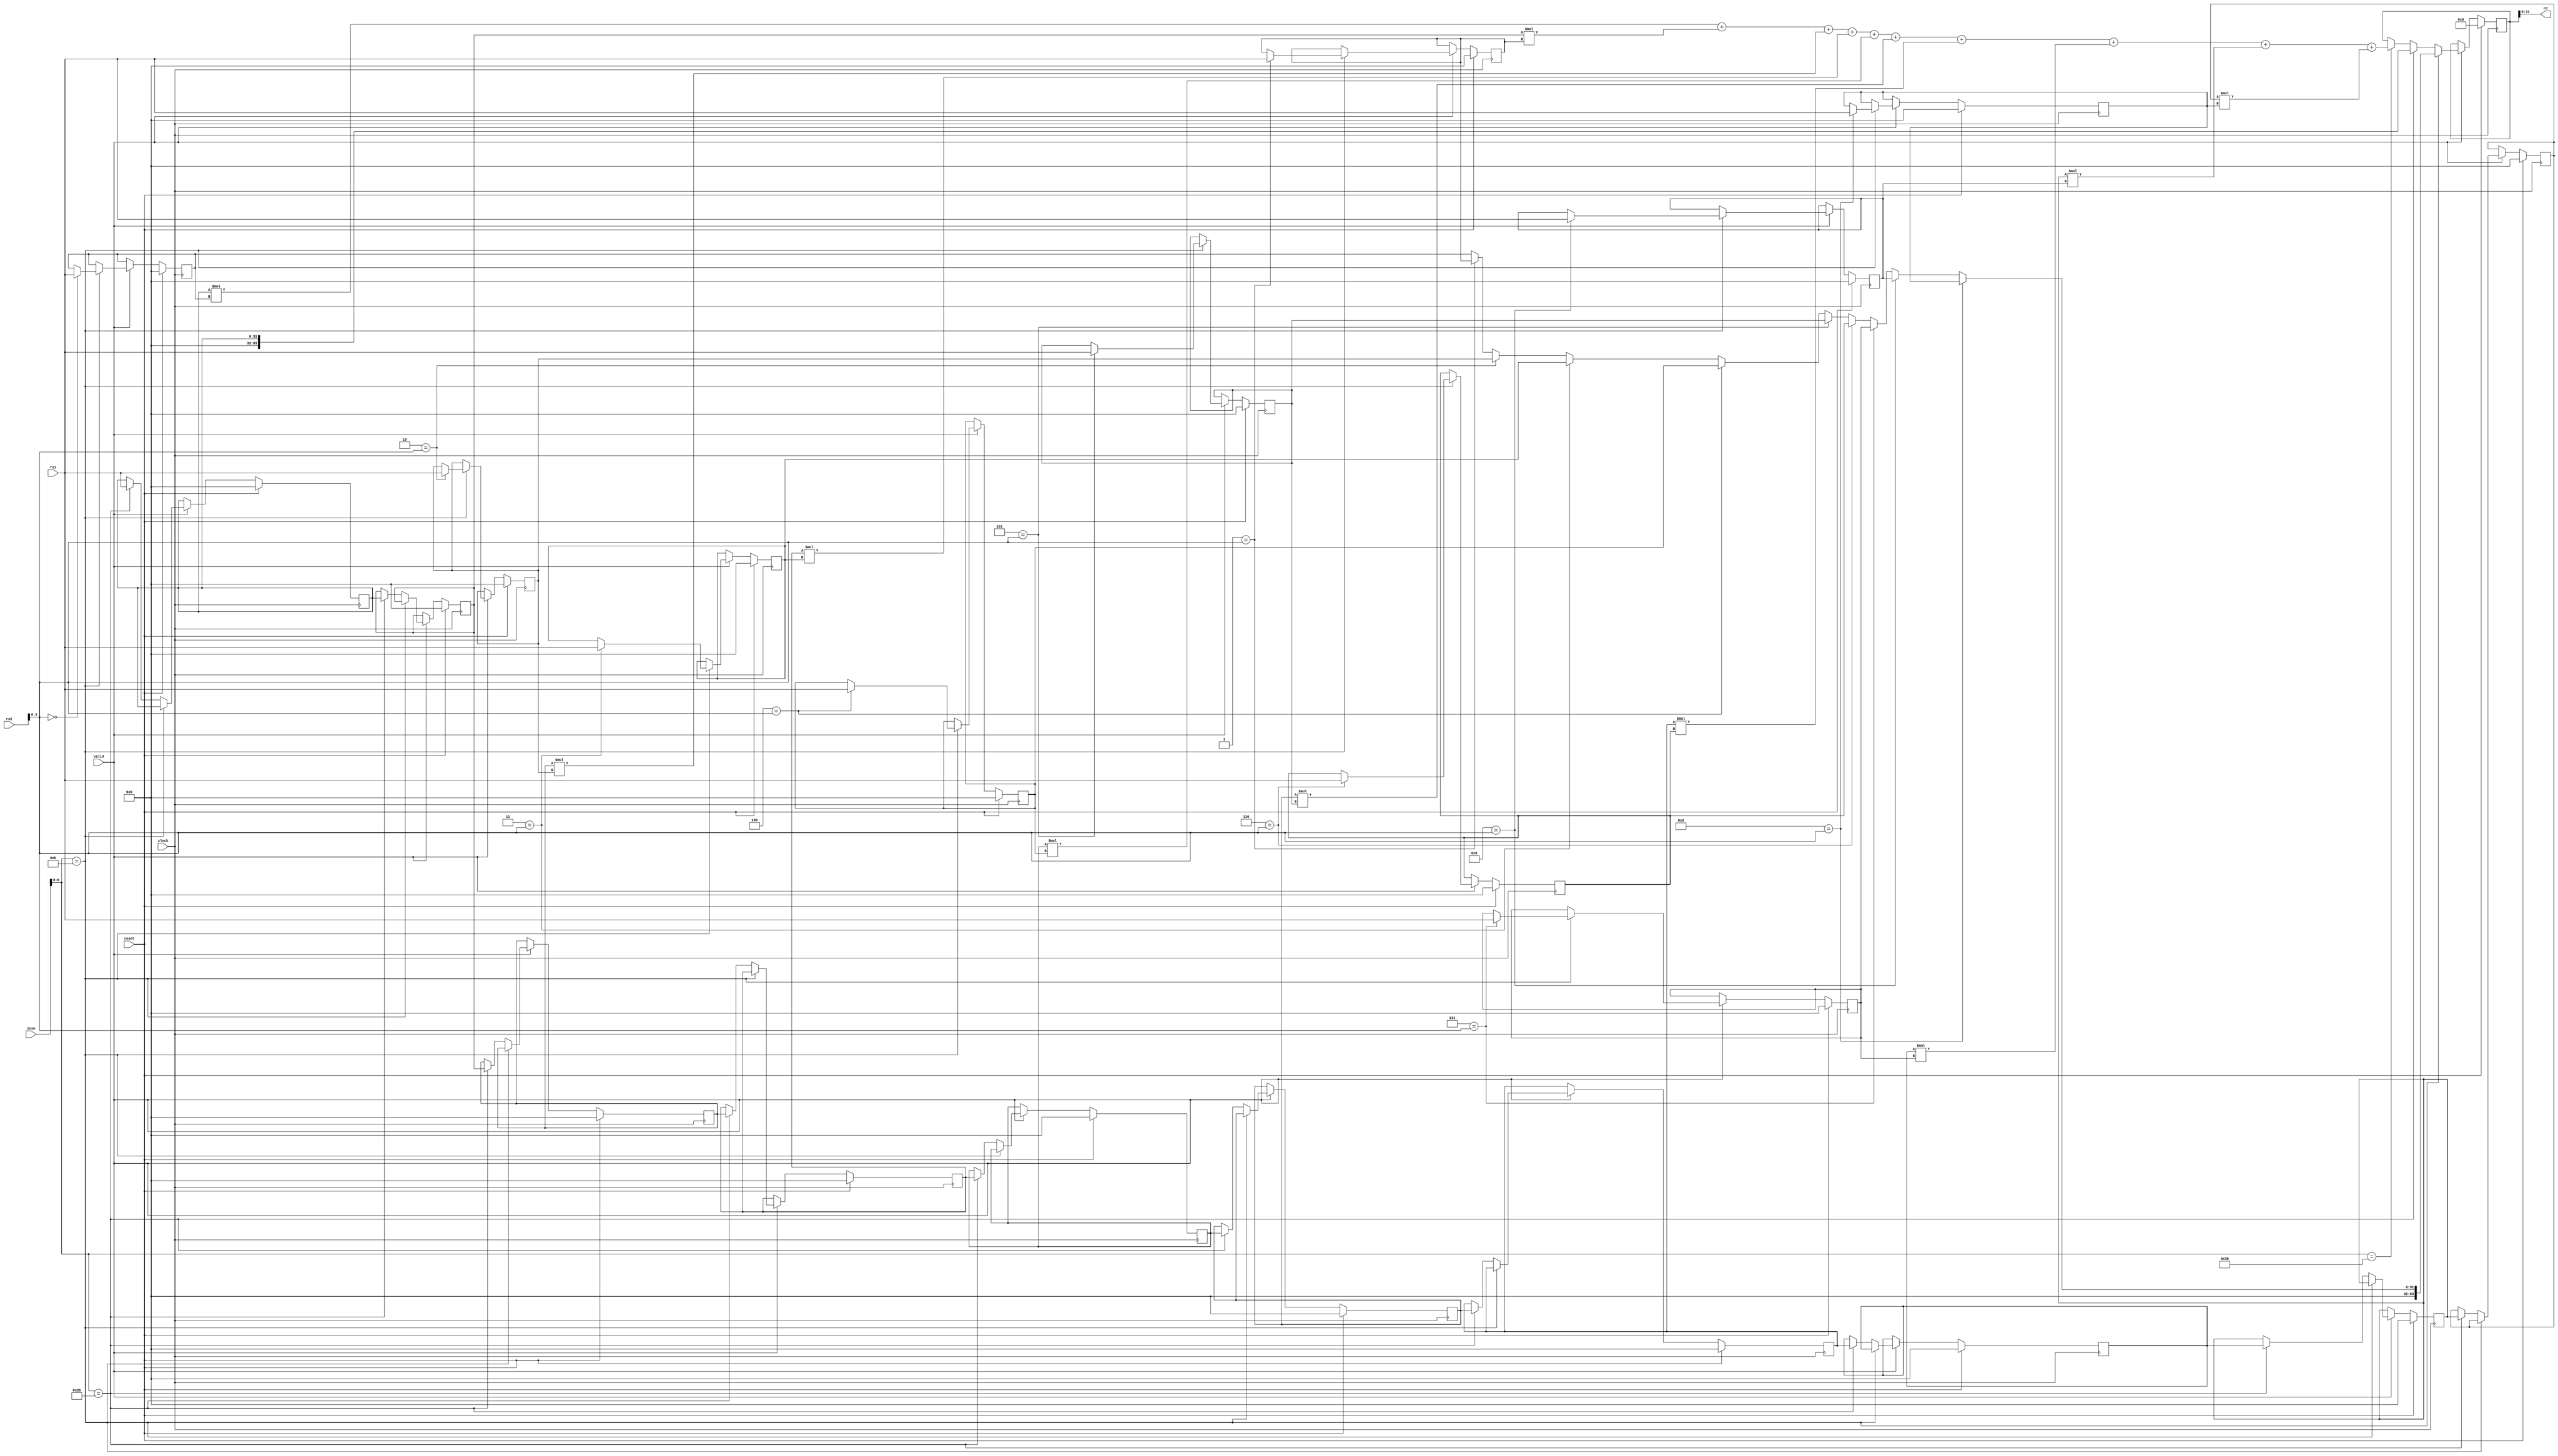
module SCIEPipelined #(parameter XLEN = 32)(
  input         clock,
  input         reset,
  input         valid,
  input  [31:0] insn,
  input  [31:0] rs1,
  input  [31:0] rs2,
  output [31:0] rd
);
  reg [31:0] coeffs_0;
  reg [31:0] coeffs_1;
  reg [31:0] coeffs_2;
  reg [31:0] coeffs_3;
  reg [31:0] coeffs_4;
  reg [31:0] coeffs_5;
  reg [31:0] coeffs_6;
  reg [31:0] coeffs_7;
  reg [31:0] coeffs_8;
  reg [31:0] coeffs_9;
  reg [31:0] data_0;
  reg [31:0] data_1;
  reg [31:0] data_2;
  reg [31:0] data_3;
  reg [31:0] data_4;
  reg [31:0] data_5;
  reg [31:0] data_6;
  reg [31:0] data_7;
  reg [31:0] data_8;
  reg [31:0] data_9;
  reg [63:0] result;
  wire [31:0] _GEN_11 = 4'h1 == rs2[3:0] ? coeffs_1 : coeffs_0;
  wire [31:0] _GEN_12 = 4'h2 == rs2[3:0] ? coeffs_2 : _GEN_11;
  wire [31:0] _GEN_13 = 4'h3 == rs2[3:0] ? coeffs_3 : _GEN_12;
  wire [31:0] _GEN_14 = 4'h4 == rs2[3:0] ? coeffs_4 : _GEN_13;
  wire [31:0] _GEN_15 = 4'h5 == rs2[3:0] ? coeffs_5 : _GEN_14;
  wire [31:0] _GEN_16 = 4'h6 == rs2[3:0] ? coeffs_6 : _GEN_15;
  wire [31:0] _GEN_17 = 4'h7 == rs2[3:0] ? coeffs_7 : _GEN_16;
  wire [31:0] _GEN_18 = 4'h8 == rs2[3:0] ? coeffs_8 : _GEN_17;
  wire [31:0] _GEN_19 = 4'h9 == rs2[3:0] ? coeffs_9 : _GEN_18;
  wire [63:0] _result_T_1 = data_0 * coeffs_0;
  wire [63:0] _result_T_2 = data_1 * coeffs_1;
  wire [63:0] _result_T_3 = data_2 * coeffs_2;
  wire [63:0] _result_T_4 = data_3 * coeffs_3;
  wire [63:0] _result_T_5 = data_4 * coeffs_4;
  wire [63:0] _result_T_6 = data_5 * coeffs_5;
  wire [63:0] _result_T_7 = data_6 * coeffs_6;
  wire [63:0] _result_T_8 = data_7 * coeffs_7;
  wire [63:0] _result_T_9 = data_8 * coeffs_8;
  wire [63:0] _result_T_10 = data_9 * coeffs_9;
  wire [63:0] _result_T_12 = _result_T_1 + _result_T_2;
  wire [63:0] _result_T_14 = _result_T_12 + _result_T_3;
  wire [63:0] _result_T_16 = _result_T_14 + _result_T_4;
  wire [63:0] _result_T_18 = _result_T_16 + _result_T_5;
  wire [63:0] _result_T_20 = _result_T_18 + _result_T_6;
  wire [63:0] _result_T_22 = _result_T_20 + _result_T_7;
  wire [63:0] _result_T_24 = _result_T_22 + _result_T_8;
  wire [63:0] _result_T_26 = _result_T_24 + _result_T_9;
  wire [63:0] _result_T_28 = _result_T_26 + _result_T_10;
  wire [63:0] _GEN_20 = insn[6:0] == 7'h3b ? _result_T_28 : result;
  assign rd = result[31:0];
  always @(posedge clock) begin
    if (reset) begin
      coeffs_0 <= 32'h0;
    end else if (valid) begin
      if (insn[6:0] == 7'hb) begin
        if (4'h0 == rs2[3:0]) begin
          coeffs_0 <= rs1;
        end
      end
    end
    if (reset) begin
      coeffs_1 <= 32'h0;
    end else if (valid) begin
      if (insn[6:0] == 7'hb) begin
        if (4'h1 == rs2[3:0]) begin
          coeffs_1 <= rs1;
        end
      end
    end
    if (reset) begin
      coeffs_2 <= 32'h0;
    end else if (valid) begin
      if (insn[6:0] == 7'hb) begin
        if (4'h2 == rs2[3:0]) begin
          coeffs_2 <= rs1;
        end
      end
    end
    if (reset) begin
      coeffs_3 <= 32'h0;
    end else if (valid) begin
      if (insn[6:0] == 7'hb) begin
        if (4'h3 == rs2[3:0]) begin
          coeffs_3 <= rs1;
        end
      end
    end
    if (reset) begin
      coeffs_4 <= 32'h0;
    end else if (valid) begin
      if (insn[6:0] == 7'hb) begin
        if (4'h4 == rs2[3:0]) begin
          coeffs_4 <= rs1;
        end
      end
    end
    if (reset) begin
      coeffs_5 <= 32'h0;
    end else if (valid) begin
      if (insn[6:0] == 7'hb) begin
        if (4'h5 == rs2[3:0]) begin
          coeffs_5 <= rs1;
        end
      end
    end
    if (reset) begin
      coeffs_6 <= 32'h0;
    end else if (valid) begin
      if (insn[6:0] == 7'hb) begin
        if (4'h6 == rs2[3:0]) begin
          coeffs_6 <= rs1;
        end
      end
    end
    if (reset) begin
      coeffs_7 <= 32'h0;
    end else if (valid) begin
      if (insn[6:0] == 7'hb) begin
        if (4'h7 == rs2[3:0]) begin
          coeffs_7 <= rs1;
        end
      end
    end
    if (reset) begin
      coeffs_8 <= 32'h0;
    end else if (valid) begin
      if (insn[6:0] == 7'hb) begin
        if (4'h8 == rs2[3:0]) begin
          coeffs_8 <= rs1;
        end
      end
    end
    if (reset) begin
      coeffs_9 <= 32'h0;
    end else if (valid) begin
      if (insn[6:0] == 7'hb) begin
        if (4'h9 == rs2[3:0]) begin
          coeffs_9 <= rs1;
        end
      end
    end
    if (reset) begin
      data_0 <= 32'h0;
    end else if (valid) begin
      if (!(insn[6:0] == 7'hb)) begin
        if (insn[6:0] == 7'h2b) begin
          data_0 <= rs1;
        end
      end
    end
    if (reset) begin
      data_1 <= 32'h0;
    end else if (valid) begin
      if (!(insn[6:0] == 7'hb)) begin
        if (insn[6:0] == 7'h2b) begin
          data_1 <= data_0;
        end
      end
    end
    if (reset) begin
      data_2 <= 32'h0;
    end else if (valid) begin
      if (!(insn[6:0] == 7'hb)) begin
        if (insn[6:0] == 7'h2b) begin
          data_2 <= data_1;
        end
      end
    end
    if (reset) begin
      data_3 <= 32'h0;
    end else if (valid) begin
      if (!(insn[6:0] == 7'hb)) begin
        if (insn[6:0] == 7'h2b) begin
          data_3 <= data_2;
        end
      end
    end
    if (reset) begin
      data_4 <= 32'h0;
    end else if (valid) begin
      if (!(insn[6:0] == 7'hb)) begin
        if (insn[6:0] == 7'h2b) begin
          data_4 <= data_3;
        end
      end
    end
    if (reset) begin
      data_5 <= 32'h0;
    end else if (valid) begin
      if (!(insn[6:0] == 7'hb)) begin
        if (insn[6:0] == 7'h2b) begin
          data_5 <= data_4;
        end
      end
    end
    if (reset) begin
      data_6 <= 32'h0;
    end else if (valid) begin
      if (!(insn[6:0] == 7'hb)) begin
        if (insn[6:0] == 7'h2b) begin
          data_6 <= data_5;
        end
      end
    end
    if (reset) begin
      data_7 <= 32'h0;
    end else if (valid) begin
      if (!(insn[6:0] == 7'hb)) begin
        if (insn[6:0] == 7'h2b) begin
          data_7 <= data_6;
        end
      end
    end
    if (reset) begin
      data_8 <= 32'h0;
    end else if (valid) begin
      if (!(insn[6:0] == 7'hb)) begin
        if (insn[6:0] == 7'h2b) begin
          data_8 <= data_7;
        end
      end
    end
    if (reset) begin
      data_9 <= 32'h0;
    end else if (valid) begin
      if (!(insn[6:0] == 7'hb)) begin
        if (insn[6:0] == 7'h2b) begin
          data_9 <= data_8;
        end
      end
    end
    if (reset) begin
      result <= 64'h0;
    end else if (valid) begin
      if (insn[6:0] == 7'hb) begin
        result <= {{32'd0}, _GEN_19};
      end else if (insn[6:0] == 7'h2b) begin
        result <= {{32'd0}, data_0};
      end else begin
        result <= _GEN_20;
      end
    end
  end
endmodule